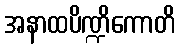
အနာထပိဏ္ဍိကောတိ